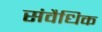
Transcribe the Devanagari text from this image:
संवैधिक